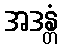
အဒန္တံ